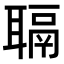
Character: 𫆋